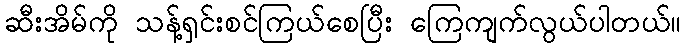
ဆီးအိမ်ကို သန့်ရှင်းစင်ကြယ်စေပြီး ကြေကျက်လွယ်ပါတယ်။